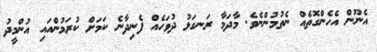
އެނޫން އެހެންގޮތެއް ނެތުމުންނެވެ. މާދަމާ ރަނގަޅު ދުވަހެއް ފެނިދާނެ ކަމަށް ކުރަމުންއައި އުންމީދު